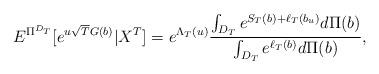
LaTeX: \begin{align*} E^{\Pi^{D_T}}[e^{u\sqrt{T}G(b)} |X^{T}] =e^{\Lambda_T(u)} \frac{\int_{D_T} e^{S_T(b) + \ell_T(b_u)} d\Pi(b)}{\int_{D_T} e^{\ell_T(b)} d\Pi(b)},\end{align*}